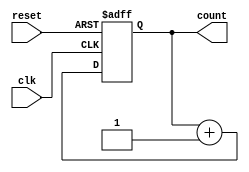
module SimpleCounter (
    input wire clk,        // Clock input
    input wire reset,      // Reset input
    output wire [3:0] count  // 4-bit output representing the count value
);

reg [3:0] count;  // 4-bit register to hold the current count value

always @(posedge clk or posedge reset) begin
    if (reset)
        count <= 4'b0000;  // When reset is asserted, reset the count to 0
    else
        count <= count + 1;  // Increment the count on each rising clock edge
end

assign count = count;  // Continuous assignment of count to the output

endmodule